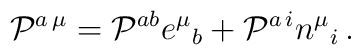
{\cal P}^{a\,\mu} =  {\cal P}^{ab}  e^{\mu}{}_b + {\cal P}^{a\,i} n^{ \mu}{}_i \,.